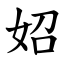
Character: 妱